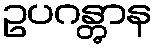
ဥပဂန္တွာန